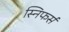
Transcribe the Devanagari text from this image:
स्निफर्स